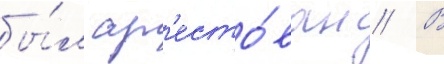
бы́л ар'есто́ван // В